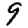
Digit: 9